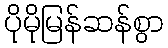
ပိုမိုမြန်ဆန်စွာ